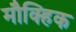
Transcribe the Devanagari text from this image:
मौक्हिक